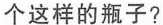
个这样的瓶子?